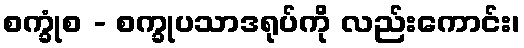
စက္ခုံစ - စက္ခုပသာဒရုပ်ကို လည်းကောင်း၊